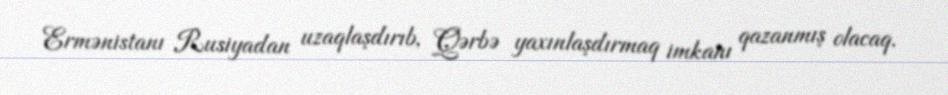
Ermənistanı Rusiyadan uzaqlaşdırıb, Qərbə yaxınlaşdırmaq imkanı qazanmış olacaq.